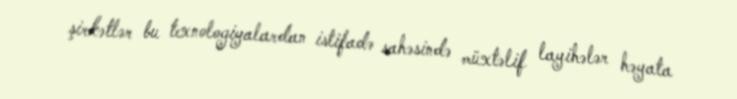
şirkətlər bu texnologiyalardan istifadə sahəsində müxtəlif layihələr həyata